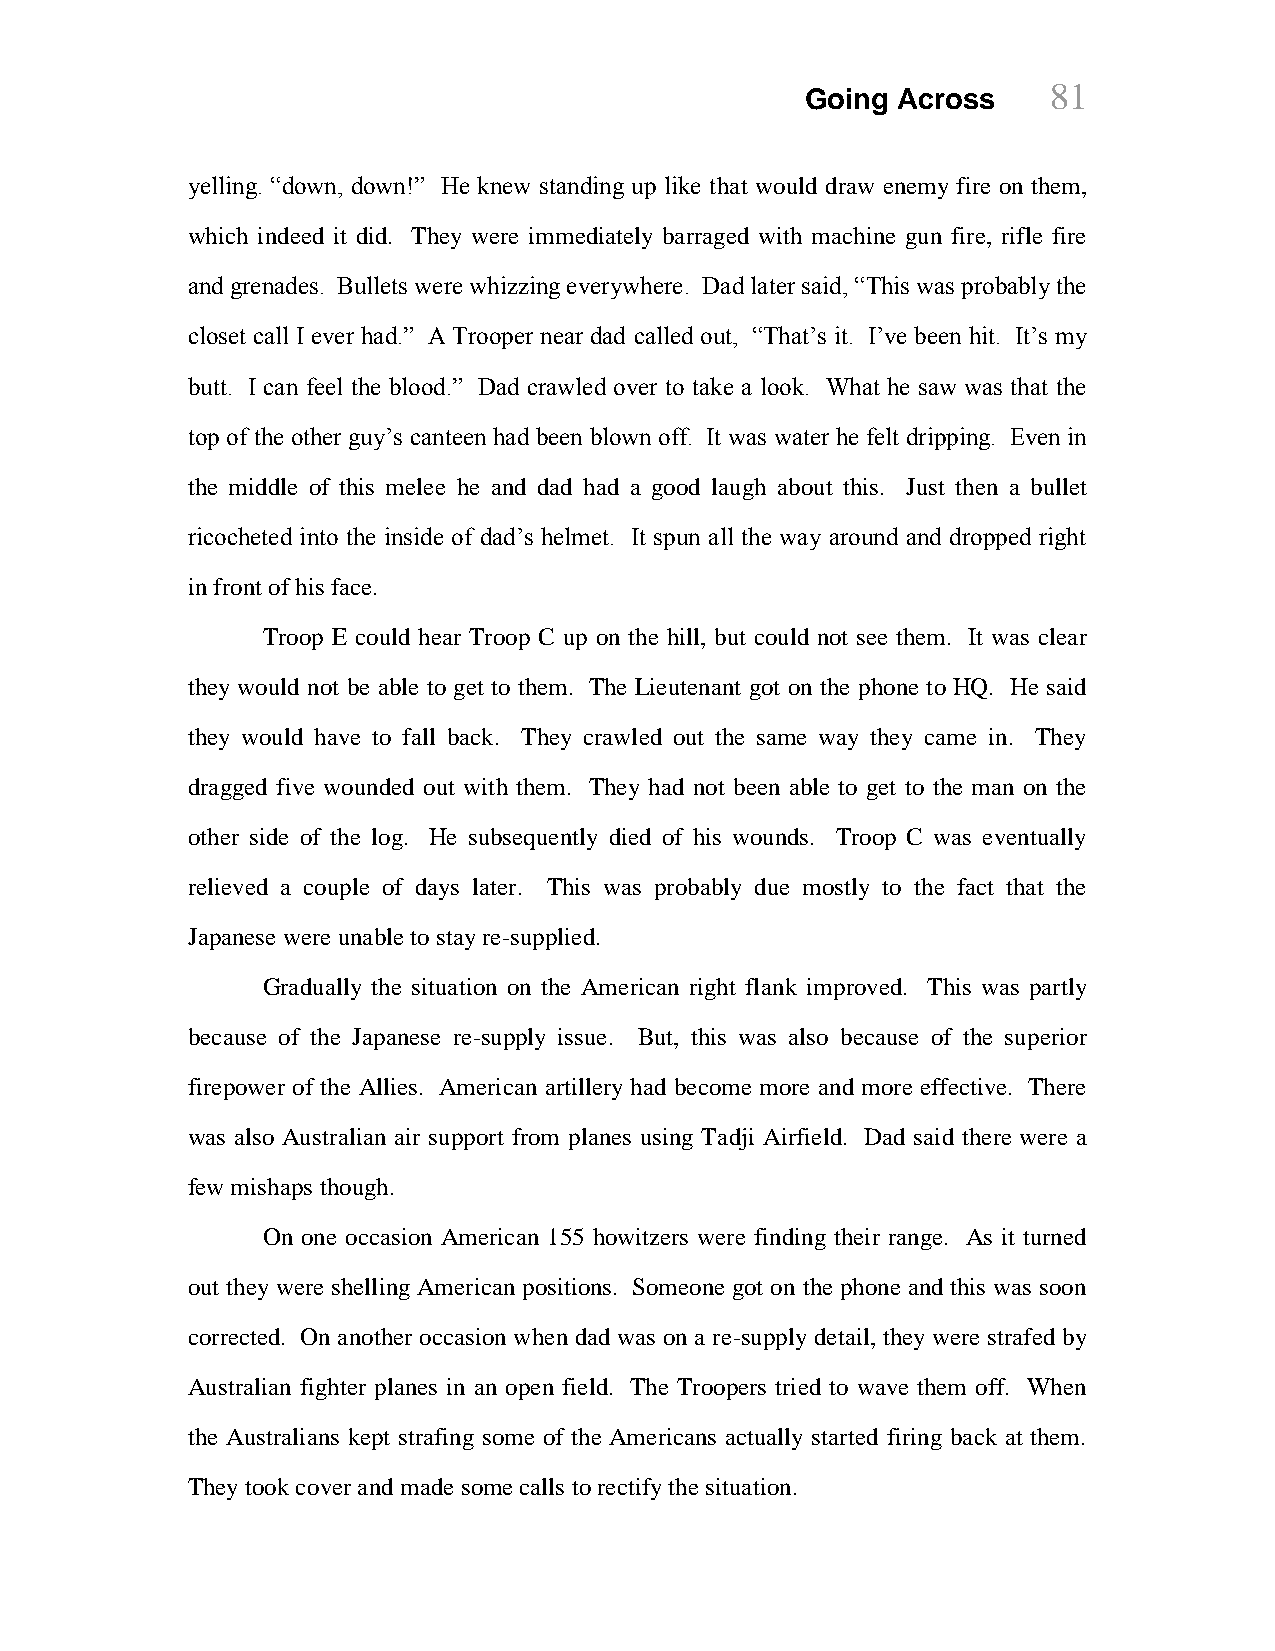
81
 Going Across
 yelling. “down, down!” He knew standing up like that would draw enemy fire on them,
 which indeed it did. They were immediately barraged with machine gun fire, rifle fire
 and grenades. Bullets were whizzing everywhere. Dad later said, “This was probably the
 closet call I ever had.” A Trooper near dad called out, “That‟s it. I‟ve been hit. It‟s my
 butt. I can feel the blood.” Dad crawled over to take a look. What he saw was that the
 top of the other guy‟s canteen had been blown off. It was water he felt dripping. Even in
 the middle of this melee he and dad had a good laugh about this. Just then a bullet
 ricocheted into the inside of dad‟s helmet. It spun all the way around and dropped right
 in front of his face.
 Troop E could hear Troop C up on the hill, but could not see them. It was clear
 they would not be able to get to them. The Lieutenant got on the phone to HQ. He said
 they would have to fall back. They crawled out the same way they came in. They
 dragged five wounded out with them. They had not been able to get to the man on the
 other side of the log. He subsequently died of his wounds. Troop C was eventually
 relieved a couple of days later. This was probably due mostly to the fact that the
 Japanese were unable to stay re-supplied.
 Gradually the situation on the American right flank improved. This was partly
 because of the Japanese re-supply issue. But, this was also because of the superior
 firepower of the Allies. American artillery had become more and more effective. There
 was also Australian air support from planes using Tadji Airfield. Dad said there were a
 few mishaps though.
 On one occasion American 155 howitzers were finding their range. As it turned
 out they were shelling American positions. Someone got on the phone and this was soon
 corrected. On another occasion when dad was on a re-supply detail, they were strafed by
 Australian fighter planes in an open field. The Troopers tried to wave them off. When
 the Australians kept strafing some of the Americans actually started firing back at them.
 They took cover and made some calls to rectify the situation.